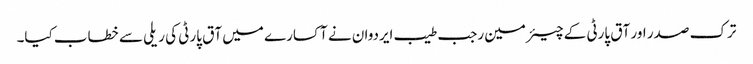
ترک صدر اور آق پارٹی کے چیئرمین رجب طیب ایردوان نے آکسارے میں آق پارٹی کی ریلی سے خطاب کیا۔